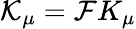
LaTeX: {\cal K}_{\mu}={\cal F}K_{\mu}